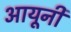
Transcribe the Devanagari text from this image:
आयूनी